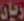
زبان